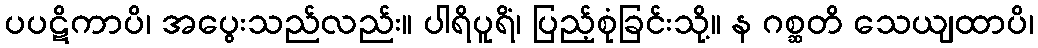
ပပဋိကာပိ၊ အပွေးသည်လည်း။ ပါရိပူရိံ၊ ပြည့်စုံခြင်းသို့။ န ဂစ္ဆတိ သေယျထာပိ၊